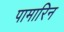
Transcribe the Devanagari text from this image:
पामारिन